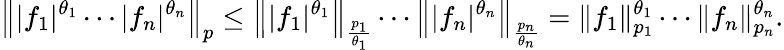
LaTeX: \left\| |f_{1}|^{\theta_{1}}\cdots|f_{n}|^{\theta_{n}}\right\| _{p}\leq\left\| |f_{1}|^{\theta_{1}}\right\| _{\frac{p_{1}}{\theta_{1}}}\cdots\left\| |f_{n}|^{\theta_{n}}\right\| _{\frac{p_{n}}{\theta_{n}}}=\| f_{1}\| _{p_{1}}^{\theta_{1}}\cdots\| f_{n}\| _{p_{n}}^{\theta_{n}}.